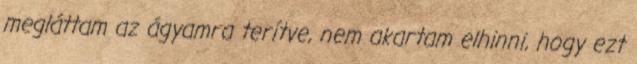
megláttam az ágyamra terítve, nem akartam elhinni, hogy ezt